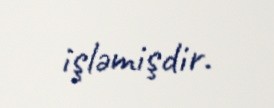
işləmişdir.